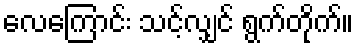
လေကြောင်း သင့်လျှင် ရွက်တိုက်။